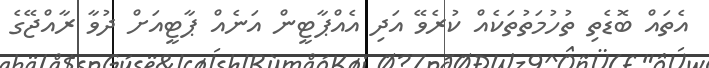
އެތައް ބޮޑެތި ތުހުމަތުތަކެއް ކުރެވޭ އަދި އެއްޕާޓީން އަނެއް ޕާޓީއަށް ދުވާ ރާއްޖޭގެ